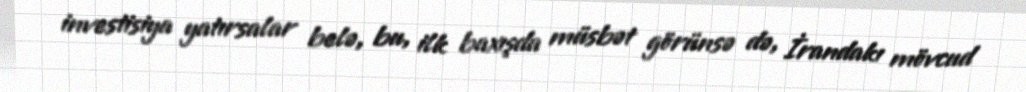
investisiya yatırsalar belə, bu, ilk baxışda müsbət görünsə də, İrandakı mövcud